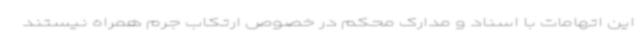
این اتهامات با اسناد و مدارک محکم در خصوص ارتکاب جرم همراه نیستند